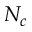
N _ { c }